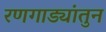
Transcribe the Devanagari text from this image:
रणगाड्यांतुन